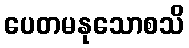
ပေတမနုသောစသိ